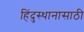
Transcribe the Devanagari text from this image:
हिंदुस्थानासाठी